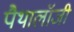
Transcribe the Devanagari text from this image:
पैथालॉजी